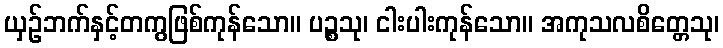
ယှဉ်ဘက်နှင့်တကွဖြစ်ကုန်သော။ ပဉ္စသု၊ ငါးပါးကုန်သော။ အကုသလစိတ္တေသု၊